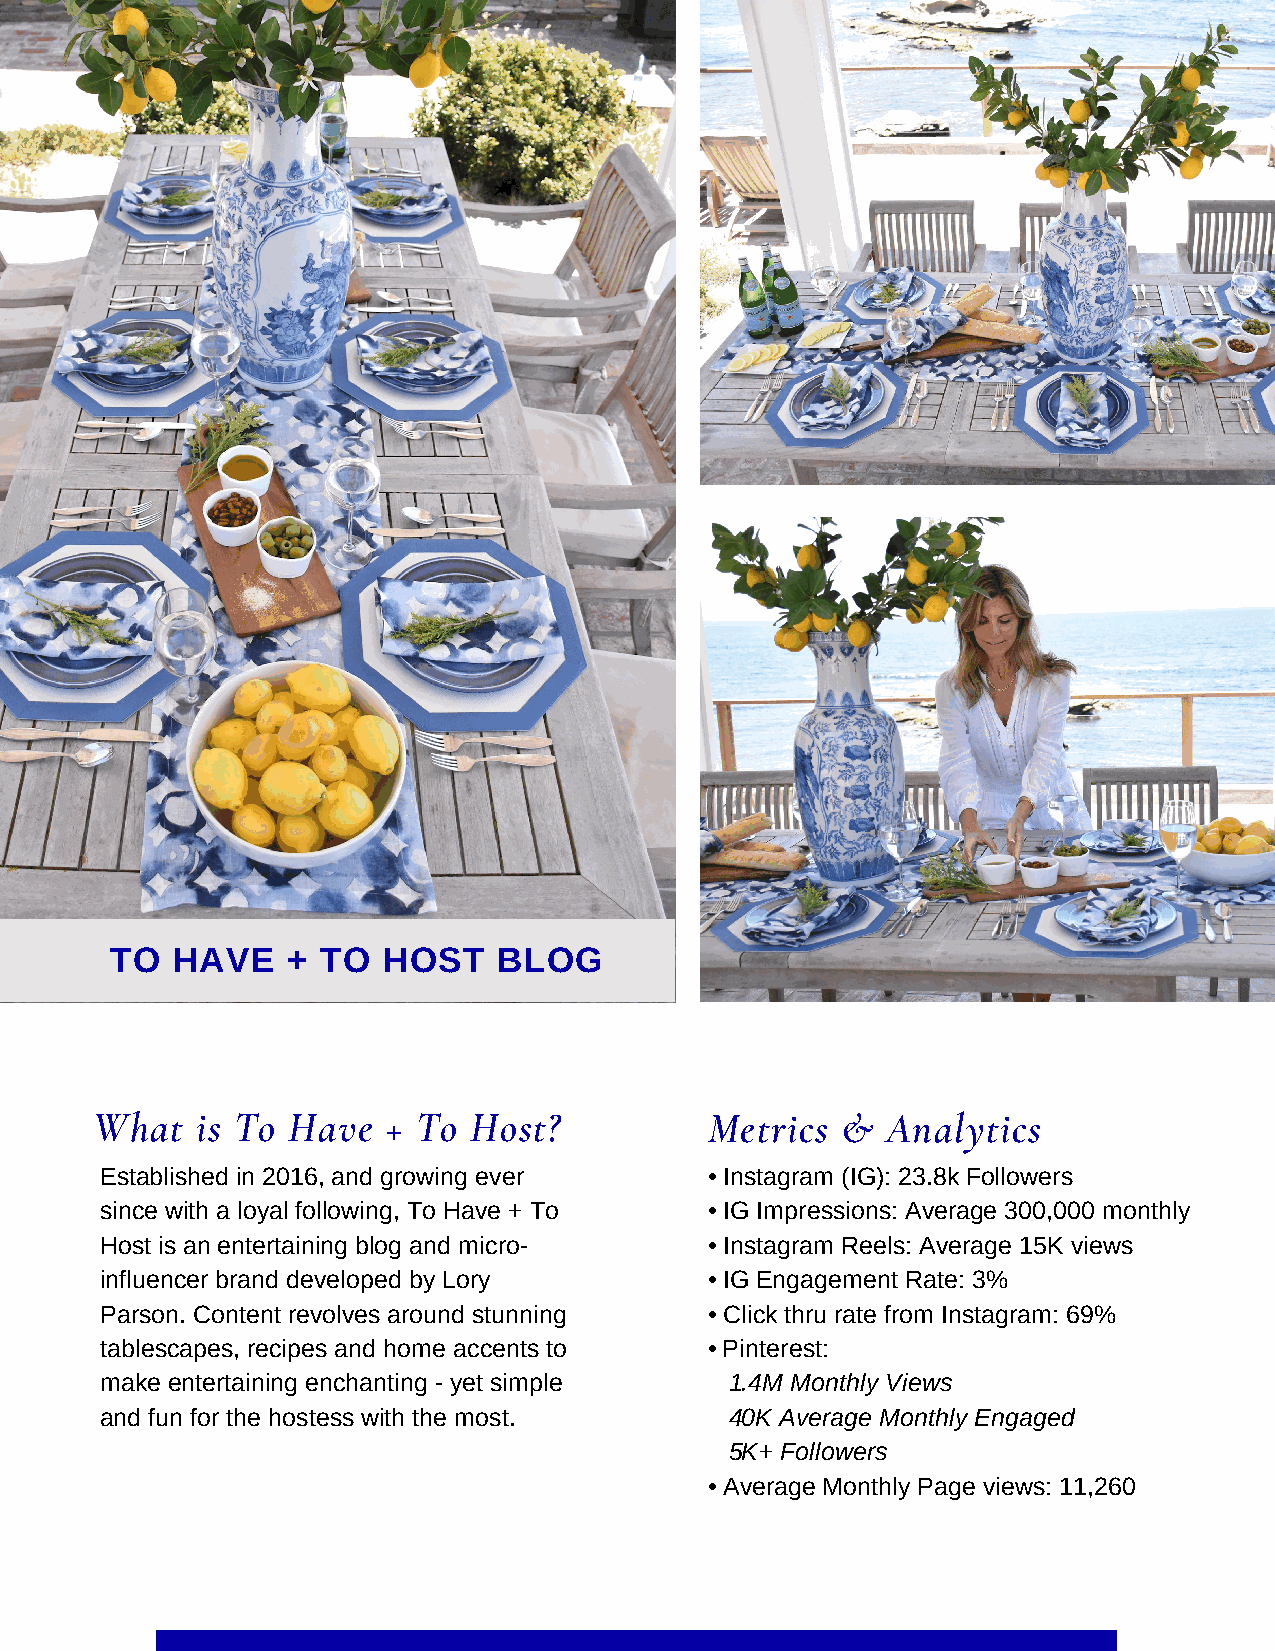
TO  HAVE    + TO  HOST    BLOG
 What   is To Have   + To Host?           Metrics  &  Analytics
 Established in 2016, and growing ever   • Instagram (IG): 23.8k Followers
 since with a loyal following, To Have + To • IG Impressions: Average 300,000 monthly
 Host is an entertaining blog and micro- • Instagram Reels: Average 15K views
 influencer brand developed by Lory      • IG Engagement Rate: 3%
 Parson. Content revolves around stunning • Click thru rate from Instagram: 69%
 tablescapes, recipes and home accents to • Pinterest:
 make entertaining enchanting - yet simple 1.4M Monthly Views
 and fun for the hostess with the most.   40K Average Monthly Engaged
 5K+ Followers
 • Average Monthly Page views: 11,260